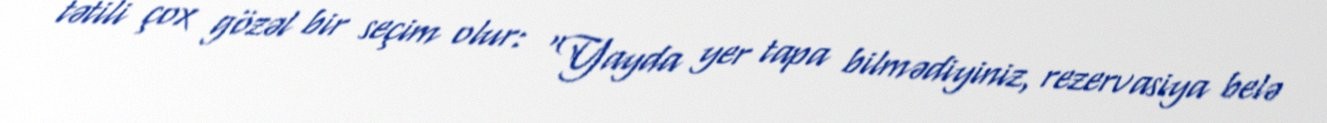
tətili çox gözəl bir seçim olur: “Yayda yer tapa bilmədiyiniz, rezervasiya belə